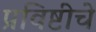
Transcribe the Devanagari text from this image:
प्रविष्टीचे